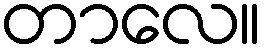
တာလေ။